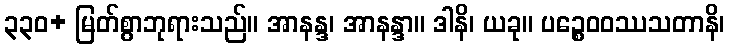
၃၃၀+ မြတ်စွာဘုရားသည်။ အာနန္ဒ၊ အာနန္ဒာ။ ဒါနိ၊ ယခု။ ပဉ္စေဝဝဿသတာနိ၊